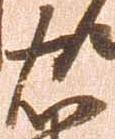
右